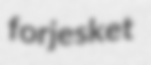
forjesket